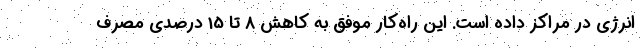
انرژی در مراکز داده است. این راه‌کار موفق به کاهش 8 تا 15 درصدی مصرف